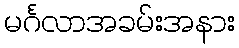
မင်္ဂလာအခမ်းအနား